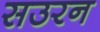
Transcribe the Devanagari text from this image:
सउरन